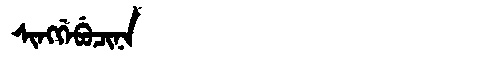
Manchu: ᠰᡳᠩᡤᡝᠪᡠᠴᡳᠨᠠ
Romanization: SINGGEBUCINA